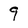
Character: 9